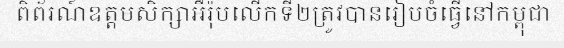
ពិព័រណ៍ឧត្តមសិក្សាអឺរ៉ុបលើកទី២ត្រូវបានរៀបចំធ្វើនៅកម្ពុជា